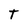
Character: T